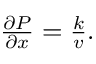
\begin{array} { r } { { \frac { \partial P } { \partial x } } = { \frac { k } { v } } . } \end{array}